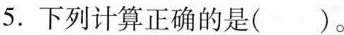
5.下列计算正确的是( )。